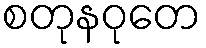
စတုနဝုတေ